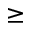
\ge